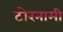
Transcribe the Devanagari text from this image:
टोरनामी